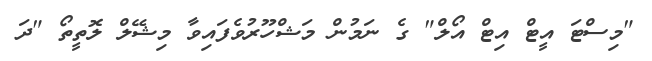
"މިސްޓަ އީޓް އިޓް އޯލް" ގެ ނަމުން މަޝްހޫރުވެފައިވާ މިޝޭލް ލޮތީތޯ "ދަ